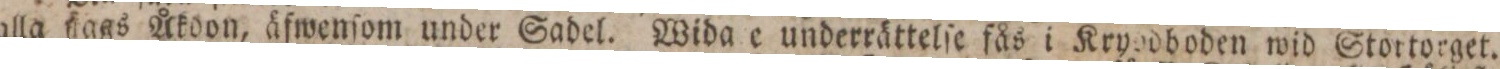
alla ſlags Åkoon, äfwenſom under Sadel. Wida e underrättelſe fås i Kryodboden wid Stortorget.